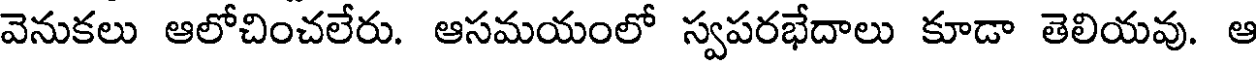
వెనుకలు ఆలోచించలేరు. ఆసమయంలో స్వపరభేదాలు కూడా తెలియవు. ఆ